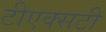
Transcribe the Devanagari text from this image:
टीएक्सटी